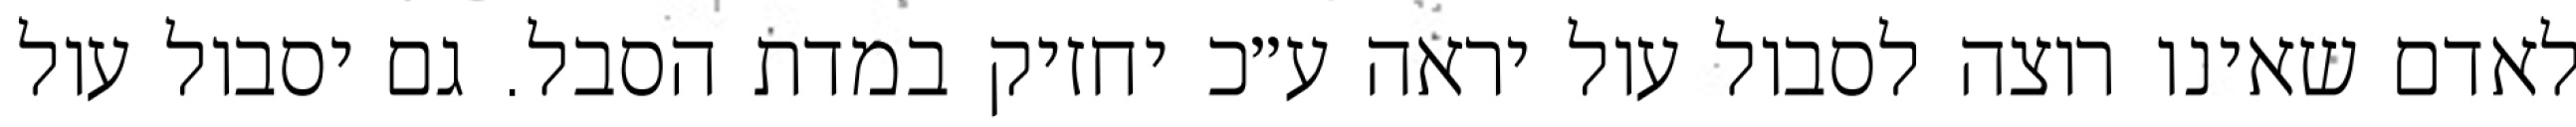
לאדם שאינו רוצה לסבול עול יראה ע״כ יחזיק במדת הסבל. גם יסבול עול